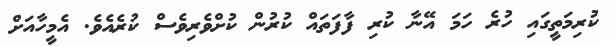
ކުރިމަތީގައި ހުރެ ހަމަ އޭނާ ކުރި ފާފަތައް ކުރުން ކުށްވެރިވެސް ކުރެއެވެ. އެމީހާއަށް